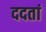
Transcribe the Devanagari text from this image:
ददतां